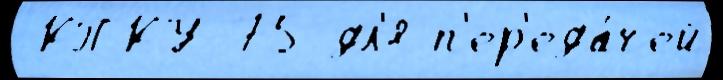
 КПКУ-75 дл'я п'ер'еда́чей